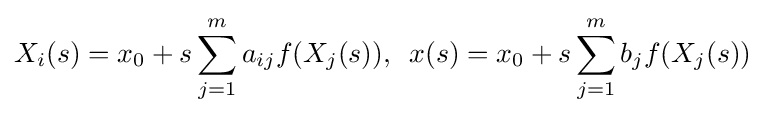
X_{i}(s)=x_{0}+s\sum _{j=1}^{m}a_{ij}f(X_{j}(s)),\,\,\,x(s)=x_{0}+s\sum _{j=1}^{m}b_{j}f(X_{j}(s))